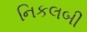
નિકલબી